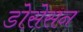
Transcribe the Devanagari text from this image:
डोसेसन